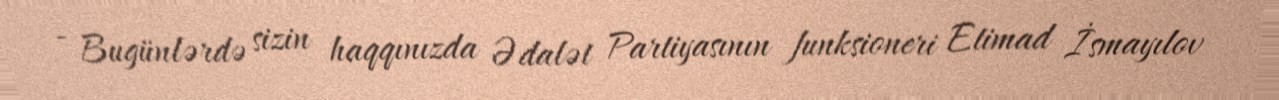
- Bugünlərdə sizin haqqınızda Ədalət Partiyasının funksioneri Etimad İsmayılov